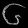
Digit: ၆